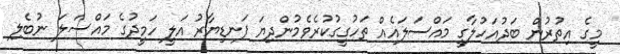
މީގެ އިތުރުން ބަދުއަހުލާގީ މައްސަލައެއް ތަހުގީގުކުރެވެމުންދިޔަ ފަނޑިޔާރު އަލީ ހަމީދުގެ މައްސަލަ ނުބެލި